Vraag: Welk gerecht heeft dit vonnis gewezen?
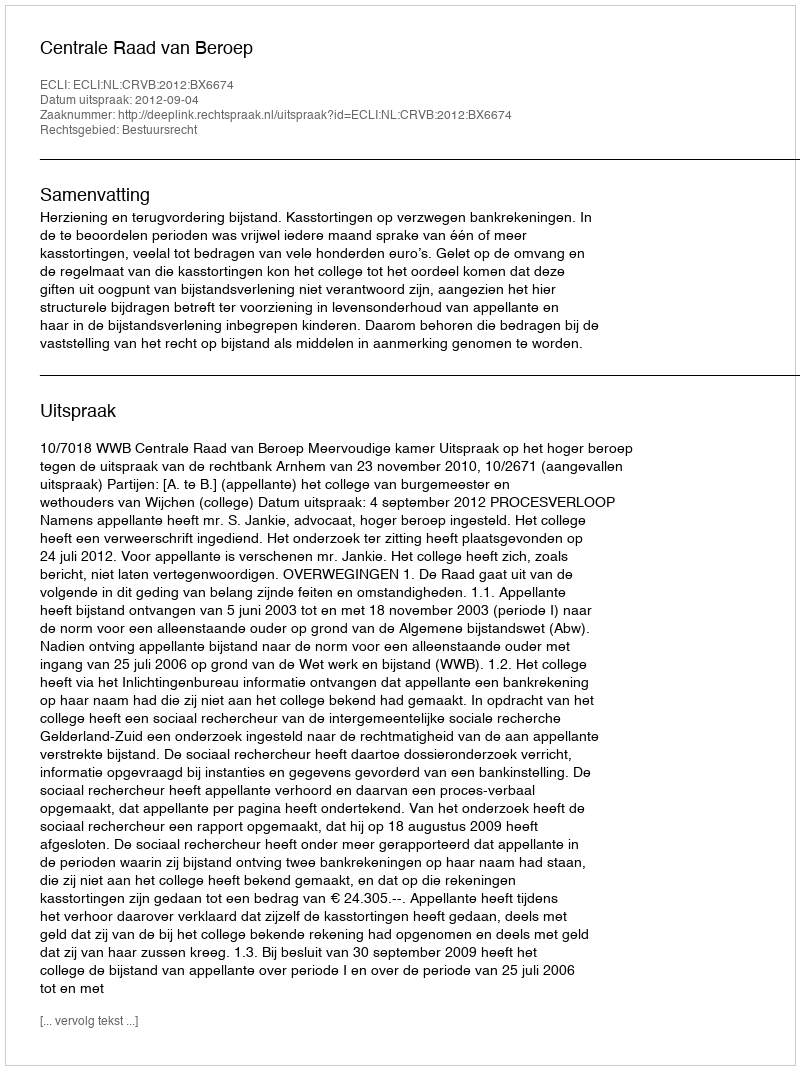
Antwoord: Centrale Raad van Beroep